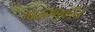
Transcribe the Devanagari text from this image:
पिळवणुकीचे